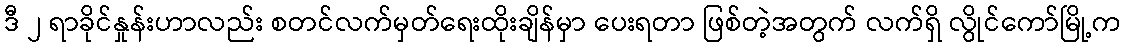
ဒီ ၂ ရာခိုင်နှုန်းဟာလည်း စတင်လက်မှတ်ရေးထိုးချိန်မှာ ပေးရတာ ဖြစ်တဲ့အတွက် လက်ရှိ လွိုင်ကော်မြို့က